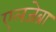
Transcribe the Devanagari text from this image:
एलजेब्रा